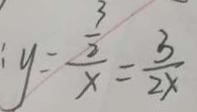
: y = \frac { \frac { 3 } { 2 } } { x } = \frac { 3 } { 2 x }